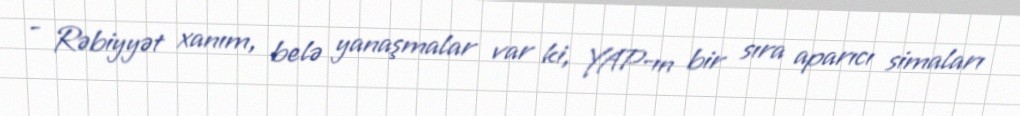
- Rəbiyyət xanım, belə yanaşmalar var ki, YAP-ın bir sıra aparıcı simaları